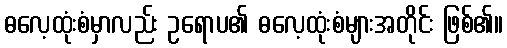
ဓလေ့ထုံးစံမှာလည်း ဥရောပ၏ ဓလေ့ထုံးစံများအတိုင်း ဖြစ်၏။